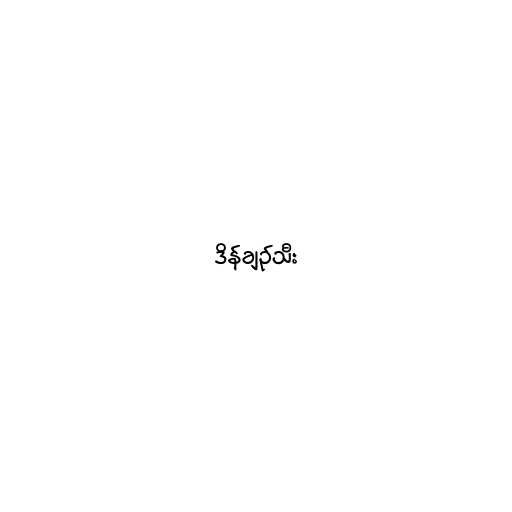
ဒိန်ချဉ်သီး